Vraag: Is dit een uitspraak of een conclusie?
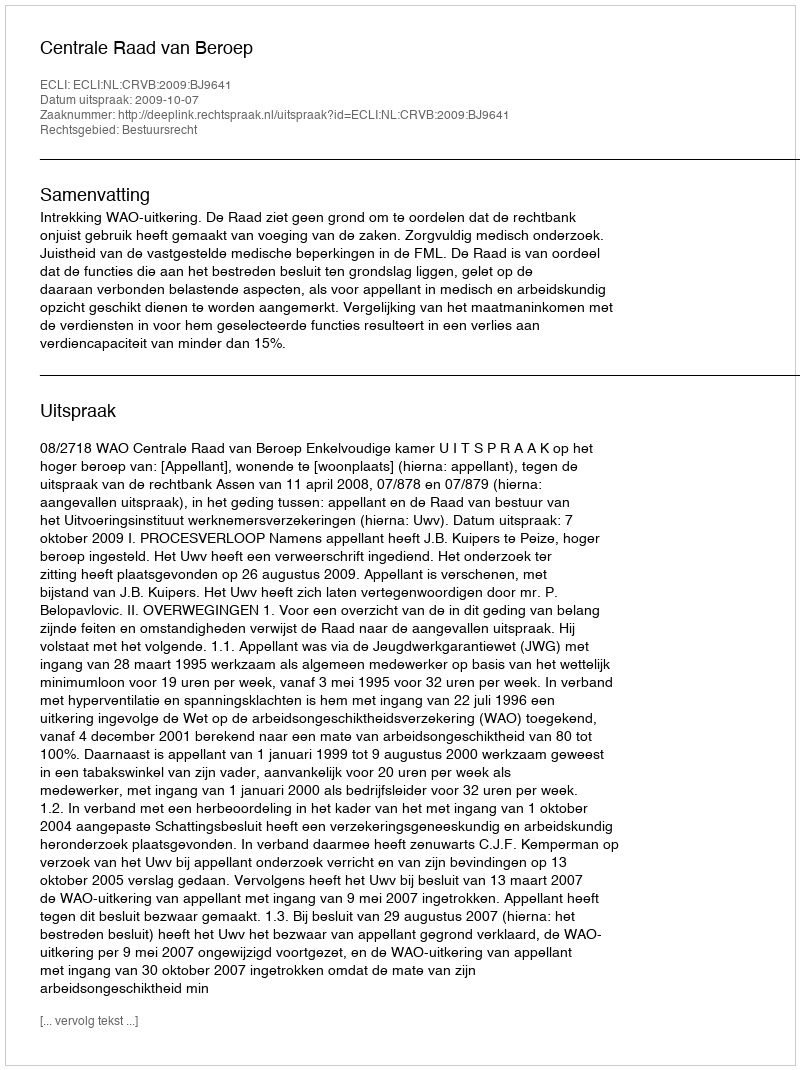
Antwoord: Uitspraak